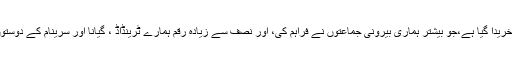
یہ گھر ایک خطیر رقم سے خریدا گیا ہے،جو بیشتر ہماری بیرونی جماعتوں نے فراہم کی، اور نصف سے زیادہ رقم ہمارے ٹرینڈاڈ ، گیانا اور سرینام کے دوستوں نے اکٹھی کرکے دی ہے۔